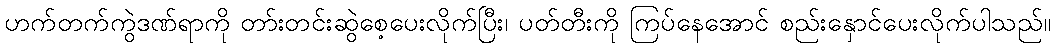
ဟက်တက်ကွဲဒဏ်ရာကို တာ်းတင်းဆွဲစေ့ပေးလိုက်ပြီး၊ ပတ်တီးကို ကြပ်နေအောင် စည်းနှောင်ပေးလိုက်ပါသည်။